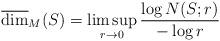
LaTeX: \begin{align*}\overline{\dim}_M(S) = \limsup_{r\to0} \frac{\log N(S;r)}{-\log r}\end{align*}